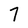
Character: 7